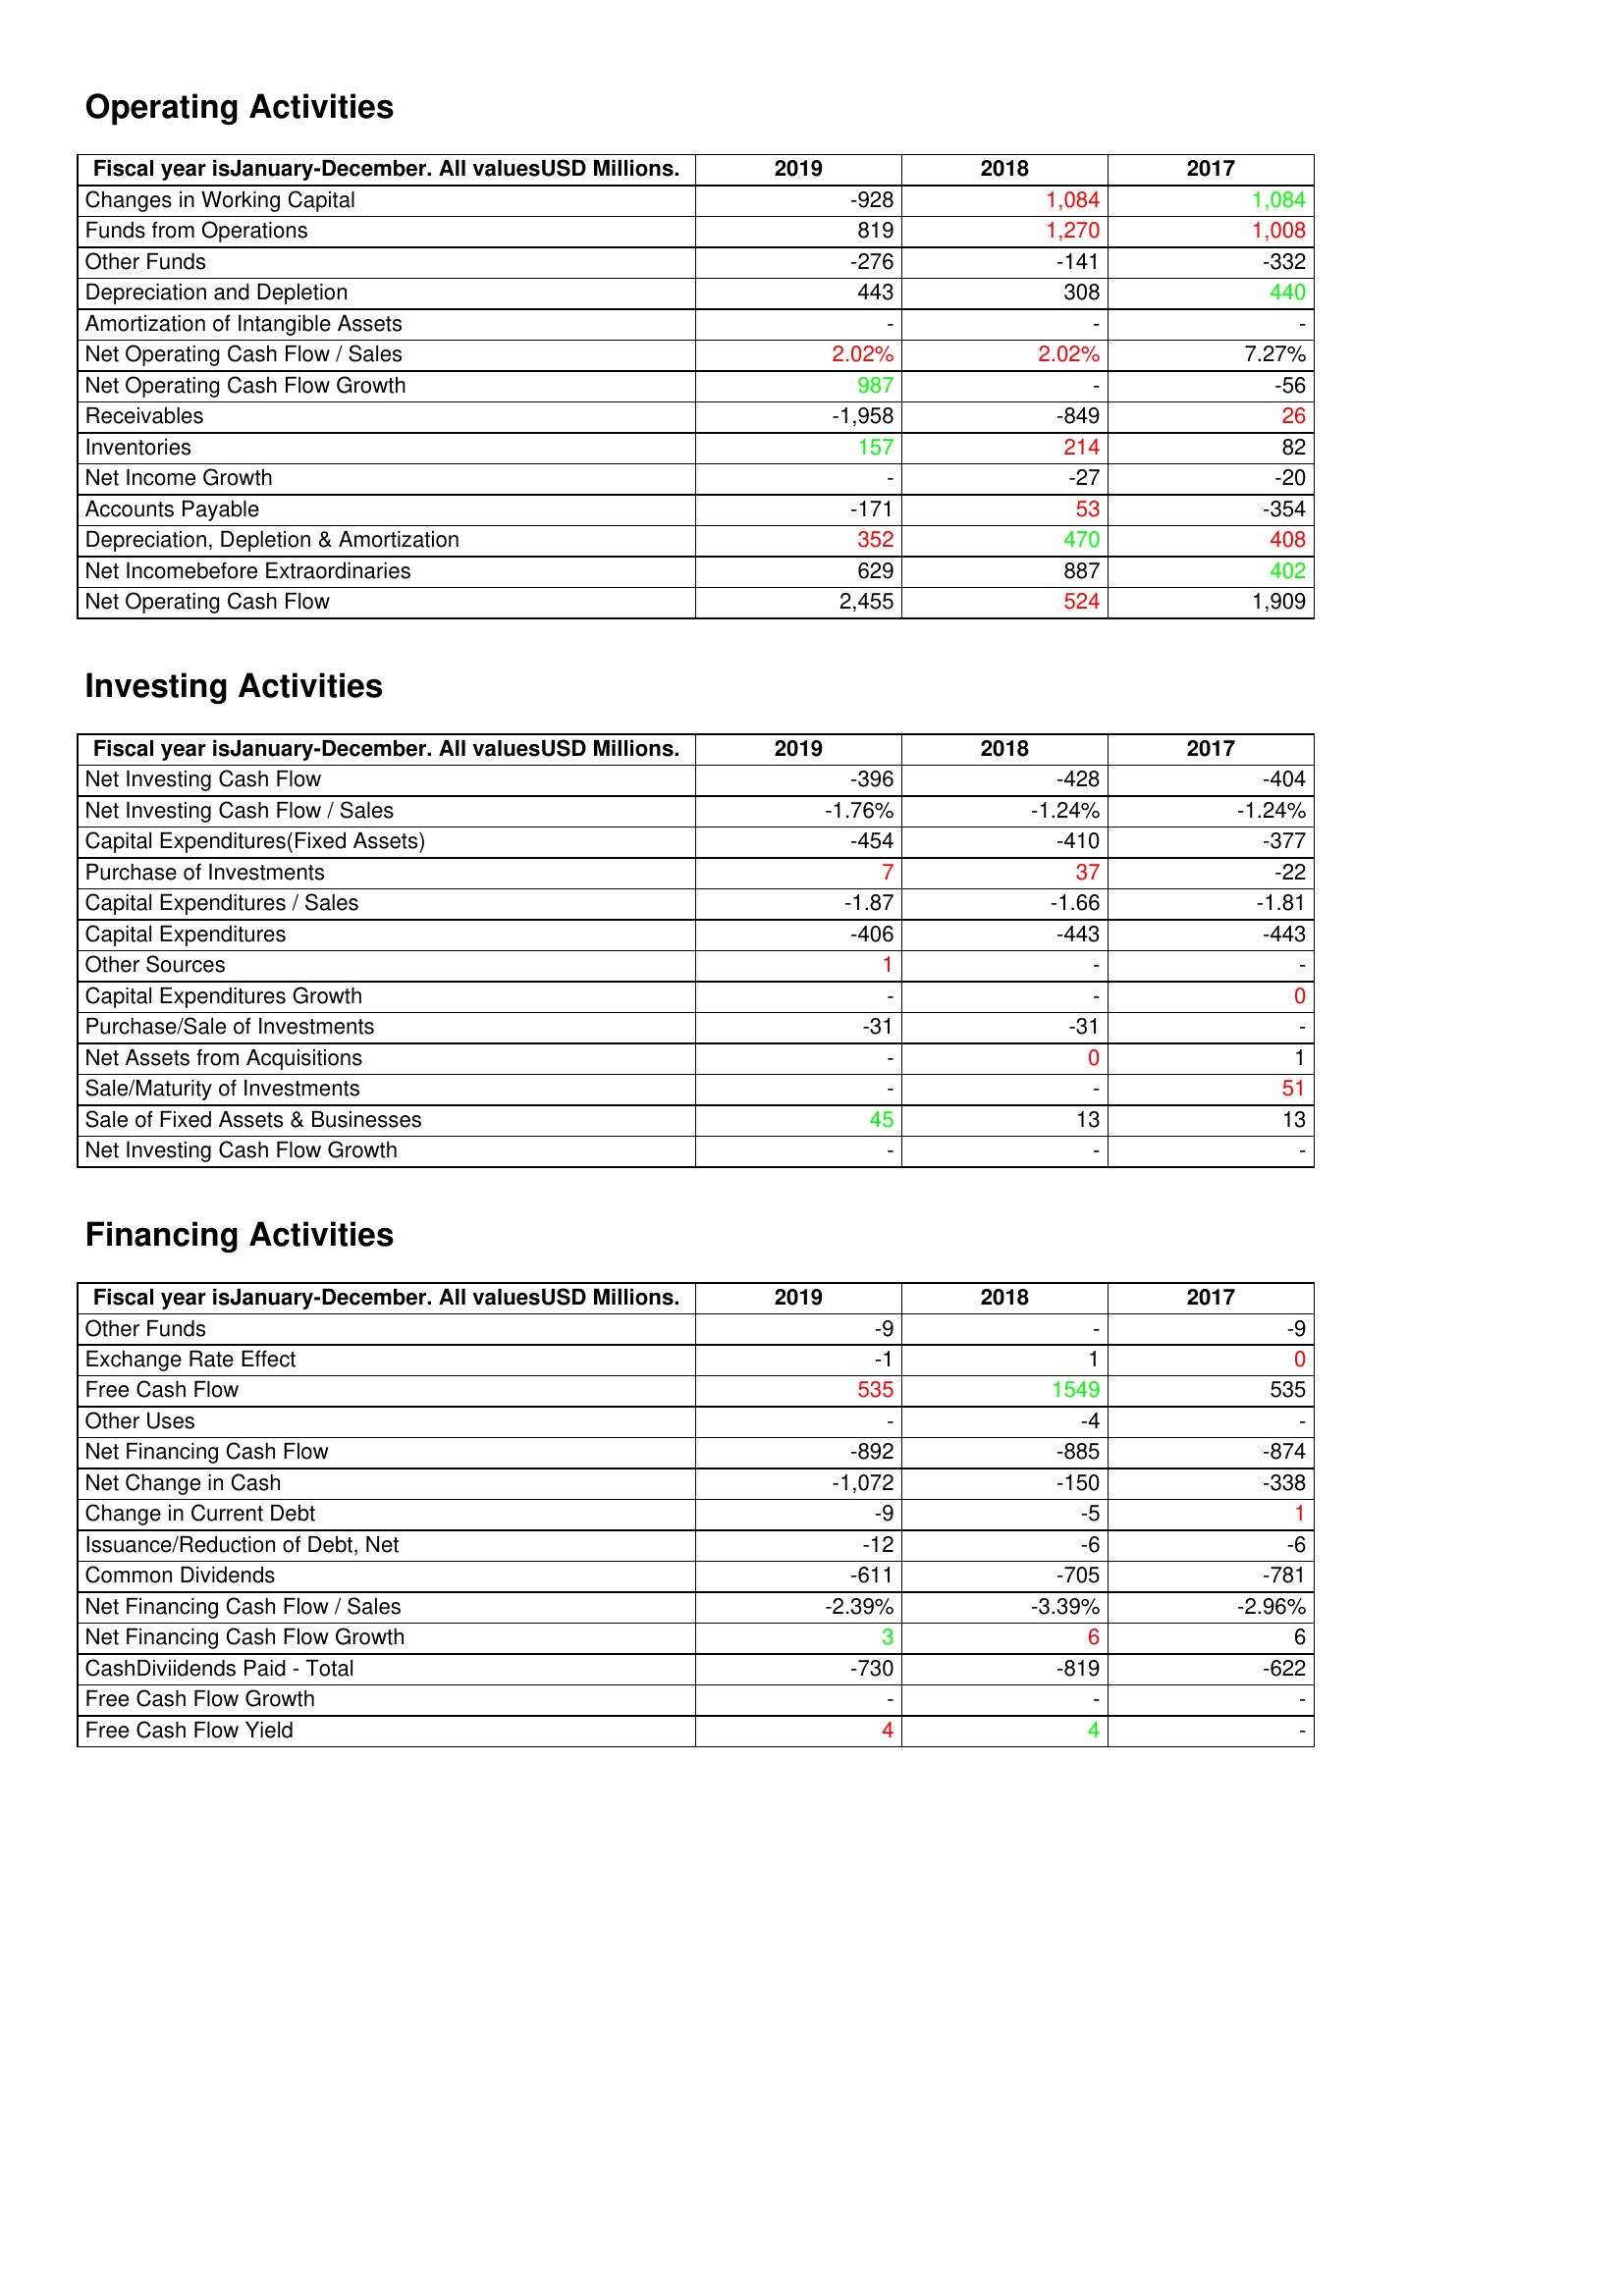
gt_parse: 2019: Operating Activities: Changes in Working Capital: -928
Funds from Operations: 819
Other Funds: -276
Depreciation and Depletion: 443
Amortization of Intangible Assets: -
Net Operating Cash Flow / Sales: 2.02%
Net Operating Cash Flow Growth: 987
Receivables: -1,958
Inventories: 157
Net Income Growth: -
Accounts Payable: -171
Depreciation, Depletion & Amortization: 352
Net Incomebefore Extraordinaries: 629
Net Operating Cash Flow: 2,455
Investing Activities: Net Investing Cash Flow: -396
Net Investing Cash Flow / Sales: -1.76%
Capital Expenditures(Fixed Assets): -454
Purchase of Investments: 7
Capital Expenditures / Sales: -1.87
Capital Expenditures: -406
Other Sources: 1
Capital Expenditures Growth: -
Purchase/Sale of Investments: -31
Net Assets from Acquisitions: -
Sale/Maturity of Investments: -
Sale of Fixed Assets & Businesses: 45
Net Investing Cash Flow Growth: -
Financing Activities: Other Funds: -9
Exchange Rate Effect: -1
Free Cash Flow: 535
Other Uses: -
Net Financing Cash Flow: -892
Net Change in Cash: -1,072
Change in Current Debt: -9
Issuance/Reduction of Debt, Net: -12
Common Dividends: -611
Net Financing Cash Flow / Sales: -2.39%
Net Financing Cash Flow Growth: 3
CashDiviidends Paid - Total: -730
Free Cash Flow Growth: -
Free Cash Flow Yield: 4
2018: Operating Activities: Changes in Working Capital: 1,084
Funds from Operations: 1,270
Other Funds: -141
Depreciation and Depletion: 308
Amortization of Intangible Assets: -
Net Operating Cash Flow / Sales: 2.02%
Net Operating Cash Flow Growth: -
Receivables: -849
Inventories: 214
Net Income Growth: -27
Accounts Payable: 53
Depreciation, Depletion & Amortization: 470
Net Incomebefore Extraordinaries: 887
Net Operating Cash Flow: 524
Investing Activities: Net Investing Cash Flow: -428
Net Investing Cash Flow / Sales: -1.24%
Capital Expenditures(Fixed Assets): -410
Purchase of Investments: 37
Capital Expenditures / Sales: -1.66
Capital Expenditures: -443
Other Sources: -
Capital Expenditures Growth: -
Purchase/Sale of Investments: -31
Net Assets from Acquisitions: 0
Sale/Maturity of Investments: -
Sale of Fixed Assets & Businesses: 13
Net Investing Cash Flow Growth: -
Financing Activities: Other Funds: -
Exchange Rate Effect: 1
Free Cash Flow: 1549
Other Uses: -4
Net Financing Cash Flow: -885
Net Change in Cash: -150
Change in Current Debt: -5
Issuance/Reduction of Debt, Net: -6
Common Dividends: -705
Net Financing Cash Flow / Sales: -3.39%
Net Financing Cash Flow Growth: 6
CashDiviidends Paid - Total: -819
Free Cash Flow Growth: -
Free Cash Flow Yield: 4
2017: Operating Activities: Changes in Working Capital: 1,084
Funds from Operations: 1,008
Other Funds: -332
Depreciation and Depletion: 440
Amortization of Intangible Assets: -
Net Operating Cash Flow / Sales: 7.27%
Net Operating Cash Flow Growth: -56
Receivables: 26
Inventories: 82
Net Income Growth: -20
Accounts Payable: -354
Depreciation, Depletion & Amortization: 408
Net Incomebefore Extraordinaries: 402
Net Operating Cash Flow: 1,909
Investing Activities: Net Investing Cash Flow: -404
Net Investing Cash Flow / Sales: -1.24%
Capital Expenditures(Fixed Assets): -377
Purchase of Investments: -22
Capital Expenditures / Sales: -1.81
Capital Expenditures: -443
Other Sources: -
Capital Expenditures Growth: 0
Purchase/Sale of Investments: -
Net Assets from Acquisitions: 1
Sale/Maturity of Investments: 51
Sale of Fixed Assets & Businesses: 13
Net Investing Cash Flow Growth: -
Financing Activities: Other Funds: -9
Exchange Rate Effect: 0
Free Cash Flow: 535
Other Uses: -
Net Financing Cash Flow: -874
Net Change in Cash: -338
Change in Current Debt: 1
Issuance/Reduction of Debt, Net: -6
Common Dividends: -781
Net Financing Cash Flow / Sales: -2.96%
Net Financing Cash Flow Growth: 6
CashDiviidends Paid - Total: -622
Free Cash Flow Growth: -
Free Cash Flow Yield: -